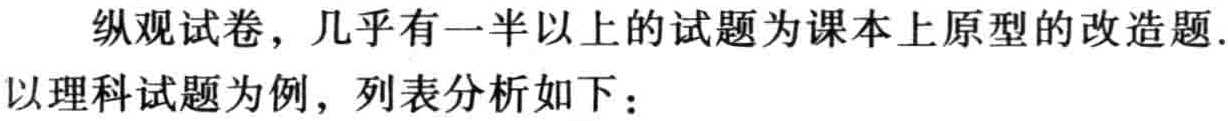
纵观试卷，几乎有一半以上的试题为课本上原型的改造题.以理科试题为例，列表分析如下：